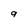
Character: q